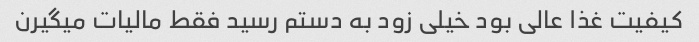
کیفیت غذا عالی بود خیلی زود به دستم رسید فقط مالیات میگیرن